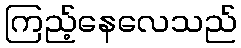
ကြည့်နေလေသည်